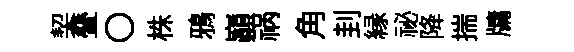
契叠〇株鴉巔祸角刲縁祕降揣牗